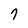
Character: 7